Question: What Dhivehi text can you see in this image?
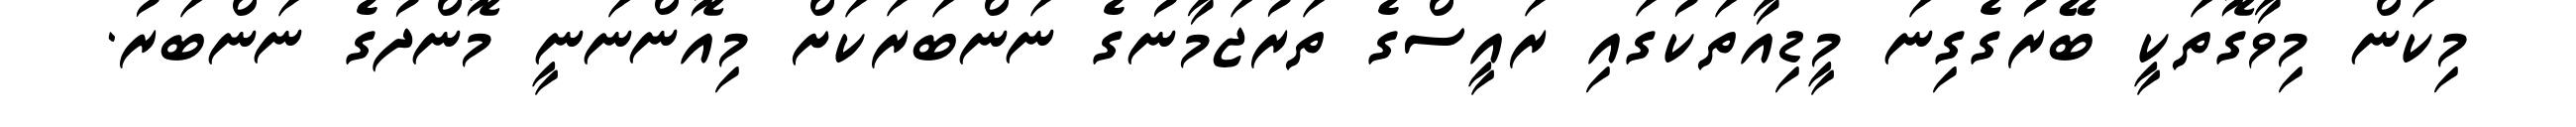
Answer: މިކަން މިވާގޮތަކީ ބޭރުގެގިނަ މީޑިއާތަކުގައި ރައީސްގެ ތަރުޖަމާނުގެ ނަންބަރަކަށް މިއޮންނަނީ މޮންދުގެ ނަންބަރު.